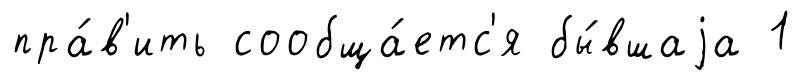
пра́в'ить сообща́етс'я бы́вшаjа 1